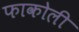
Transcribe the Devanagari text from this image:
फाकोली